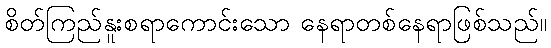
စိတ်ကြည်နူးစရာကောင်းသော နေရာတစ်နေရာဖြစ်သည်။